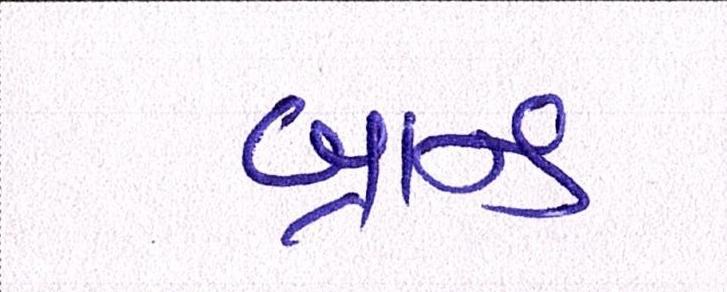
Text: બ્રાન્ડ